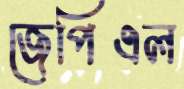
জেপিএল